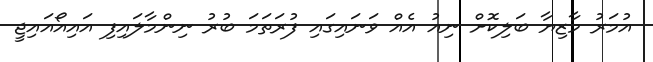
އުމަރު މާޒިޔާ ބަލިކޮށް ނިއު އެއް ވަނައިގައި ފުރަތަމަ ބުރު ނިންމާލައިފި އައިއޯއައިޖީ